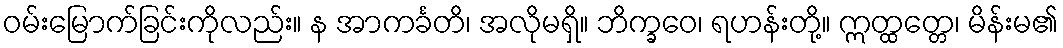
ဝမ်းမြောက်ခြင်းကိုလည်း။ န အာကင်္ခတိ၊ အလိုမရှိ။ ဘိက္ခဝေ၊ ရဟန်းတို့။ ဣတ္ထတ္တေ၊ မိန်းမ၏